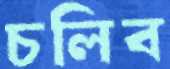
চলিব